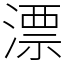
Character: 漂